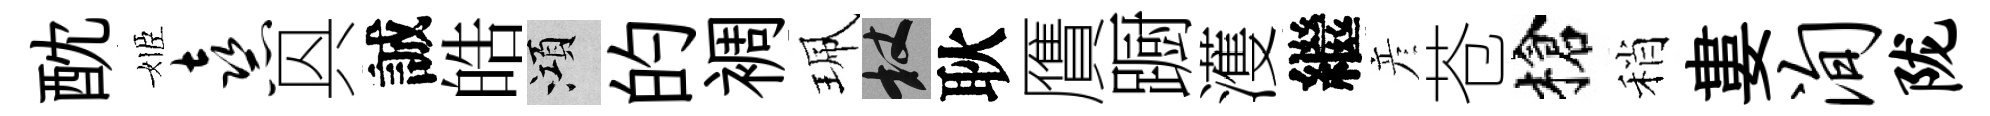
酖姬熹㒷誠皓澒的裯珮杖耿贋蹰濩繼彦苍槍稍婁洵陇